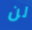
لن